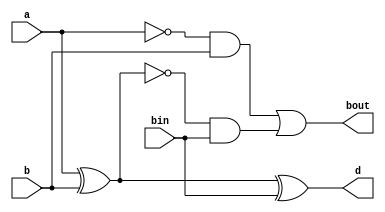
module full_sub(input a, b, bin, output d, bout);
assign d=a^b^bin;
assign bout=(~a&b) | (~(a^b)&bin);
endmodule